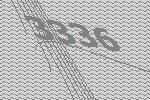
3336